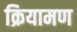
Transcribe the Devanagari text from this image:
क्रियामण